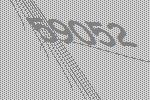
59052